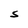
Character: S